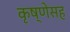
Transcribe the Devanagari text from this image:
कृष्णेसह